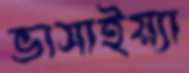
ভাসাইয়্যা